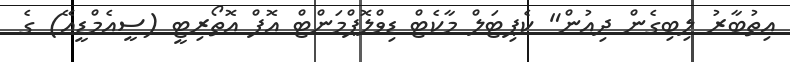
އިތުބާރު ލިބިގެން ދިއުން" ކެޕިޓަލް މާކެޓް ޑިވްލޮޕްމަންޓް އޮފް އޮތޯރިޓީ (ސީއެމްޑީއޭ) ގެ